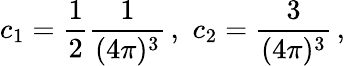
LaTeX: c_{1}=\frac{1}{2}\frac{1}{(4\pi)^{3}}\, ,\, \, c_{2}=\frac{3}{(4\pi)^{3}}\, ,